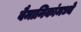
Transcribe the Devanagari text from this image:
वैमानिकांमध्ये